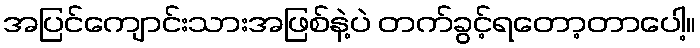
အပြင်ကျောင်းသားအဖြစ်နဲ့ပဲ တက်ခွင့်ရတော့တာပေါ့။